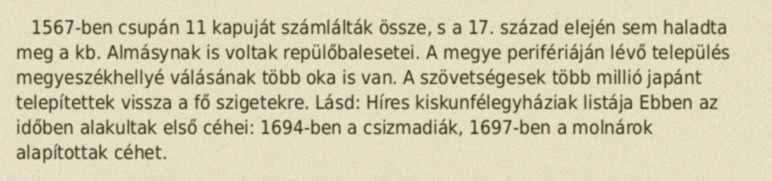
1567-ben csupán 11 kapuját számlálták össze, s a 17. század elején sem haladta meg a kb. Almásynak is voltak repülőbalesetei. A megye perifériáján lévő település megyeszékhellyé válásának több oka is van. A szövetségesek több millió japánt telepítettek vissza a fő szigetekre. Lásd: Híres kiskunfélegyháziak listája Ebben az időben alakultak első céhei: 1694-ben a csizmadiák, 1697-ben a molnárok alapítottak céhet.